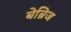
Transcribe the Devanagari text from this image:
बेब्रिज